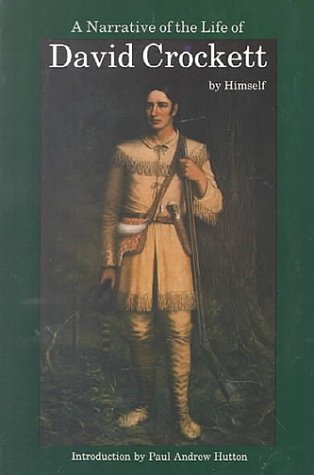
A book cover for A Narrative of the Life of David Crockett of the State of Tennessee; David Crockett; Biographies & Memoirs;